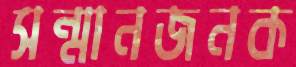
সন্মানজনক